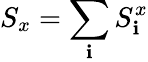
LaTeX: S_{x}=\sum_{\mathbf{i}}S_{\mathbf{i}}^{x}